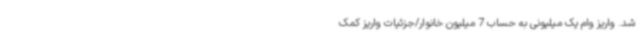
شد. واریز وام یک میلیونی به حساب 7 میلیون خانوار/جزئیات واریز کمک